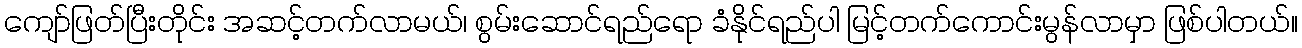
ကျော်ဖြတ်ပြီးတိုင်း အဆင့်တက်လာမယ်၊ စွမ်းဆောင်ရည်ရော ခံနိုင်ရည်ပါ မြင့်တက်ကောင်းမွန်လာမှာ ဖြစ်ပါတယ်။